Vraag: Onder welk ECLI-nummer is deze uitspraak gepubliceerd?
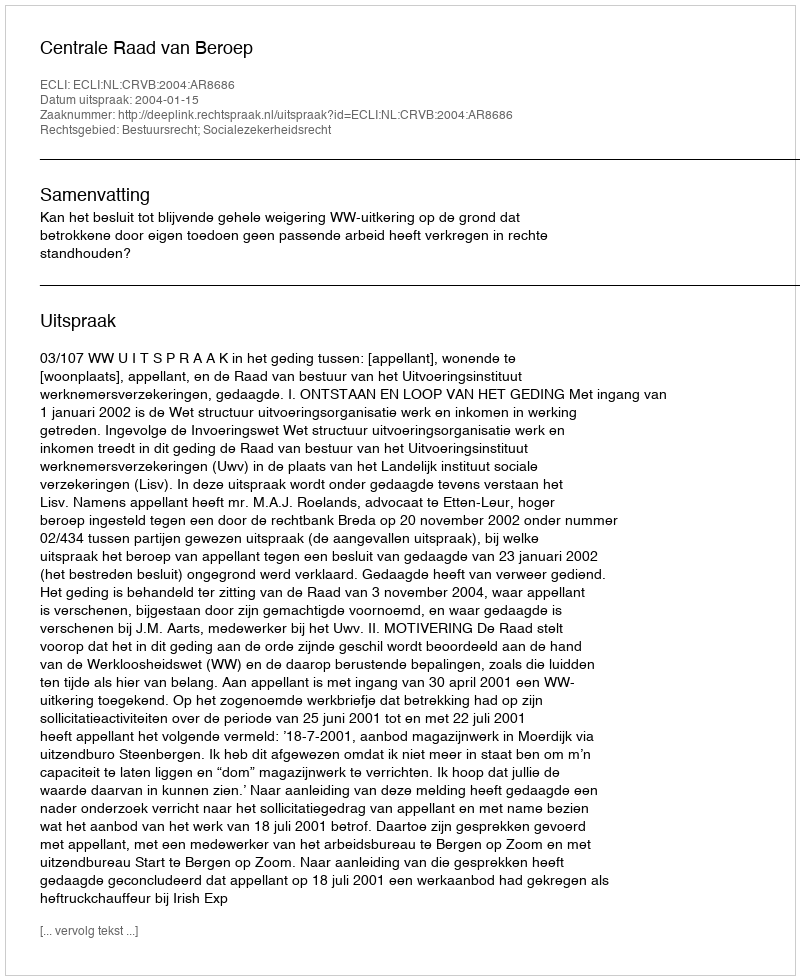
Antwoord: ECLI:NL:CRVB:2004:AR8686